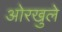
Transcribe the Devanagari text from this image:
ओरखुले